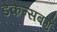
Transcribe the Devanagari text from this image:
डेकेन्सबर्ग